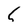
Character: 5